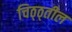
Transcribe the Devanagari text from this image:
चिठ्ठ्तील